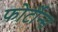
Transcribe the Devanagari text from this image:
फोर्टीन्स